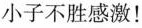
小子不胜感激！